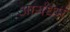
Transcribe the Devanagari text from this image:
आर्यधर्म